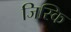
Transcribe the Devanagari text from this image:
जिस्कि